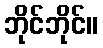
ဘိုင်ဘိုင်။